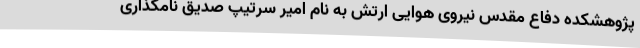
پژوهشکده دفاع مقدس نیروی هوایی ارتش به نام امیر سرتیپ صدیق نامگذاری